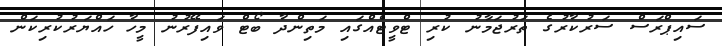
ސައިޕްރަސް ސަރުކާރުގެ ތަރުޖަމާނު ކުރި ޓްވީޓެއްގައި މަތިންދާ ބޯޓް ވައިފޭރުނު މީހާ ހައްޔަރުކުރިކަން